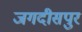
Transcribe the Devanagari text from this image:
जगदीसपुर